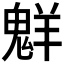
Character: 𫙊